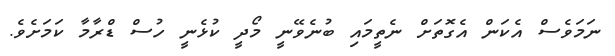
ނަމަވެސް އެކަން އެގޮތަށް ނެތީމައި ބުނެވޭނީ މޯދީ ކުޅެނީ ހުސް ޑްރާމާ ކަމަށެވެ.